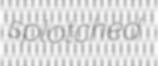
splotched